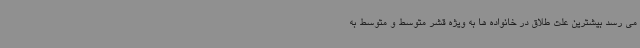
می رسد بیشترین علت طلاق در خانواده ها به ویژه قشر متوسط و متوسط به